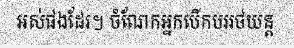
អស់ផងដែរ។ ចំណែកអ្នកបើកបររថយន្ត